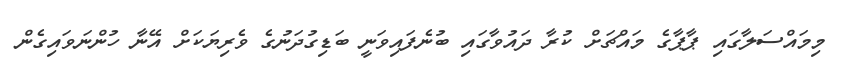
މިމައްސަލާގައި ޕާޕާގެ މައްޗަށް ކުރާ ދައުވާގައި ބުނެފައިވަނީ ބަޑިގުދަނުގެ ވެރިޔަކަށް އޭނާ ހުންނަވައިގެން